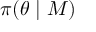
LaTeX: \pi ( \theta \mid M )